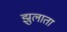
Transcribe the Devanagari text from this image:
झुलाता